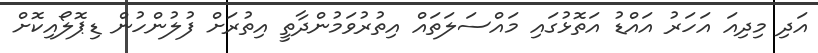
އަދި މިދިއަ އަހަރު އައްޑު އަތޮޅުގައި މައްސަލަތައް އިތުރުވަމުންދާތީ އިތުރަށް ފުލުންހުން ޑިޕޮލޯއިކޮށް